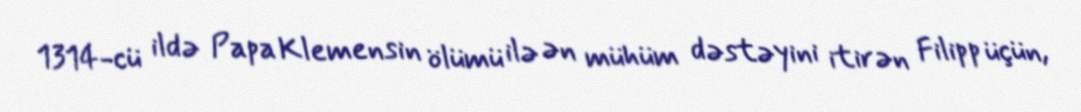
1314-cü ildə Papa Klemensin ölümü ilə ən mühüm dəstəyini itirən Filipp üçün,